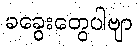
ခခွေးတွေပါဗျာ